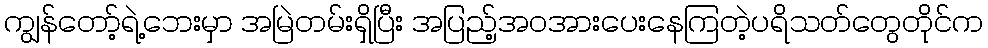
ကျွန်တော့်ရဲ့ဘေးမှာ အမြဲတမ်းရှိပြီး အပြည့်အဝအားပေးနေကြတဲ့ပရိသတ်တွေတိုင်က